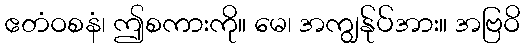
ဧတံဝစနံ၊ ဤစကားကို။ မေ၊ အကျွန်ုပ်အား။ အဗြဝိ